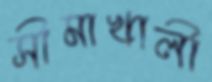
সীমাখালী